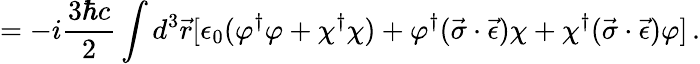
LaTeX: =-i\frac{3\hbar c}{2}\int d^{3}\vec{r}[\epsilon_{0}(\varphi^{\dagger}\varphi+\chi^{\dagger}\chi)+\varphi^{\dagger}(\vec{\sigma}\cdot\vec{\epsilon})\chi+\chi^{\dagger}(\vec{\sigma}\cdot\vec{\epsilon})\varphi]\, {.}